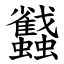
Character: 蠽